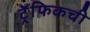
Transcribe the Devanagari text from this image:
ट्रॅफिकची